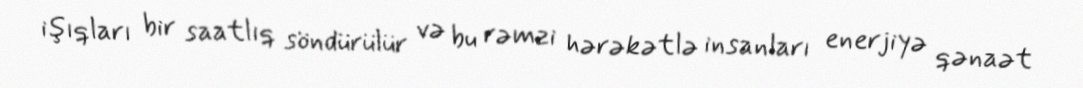
işıqları bir saatlıq söndürülür və bu rəmzi hərəkətlə insanları enerjiyə qənaət